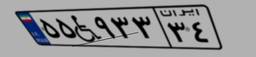
۵۵W۹۳۳۳۴